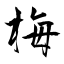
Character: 梅